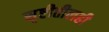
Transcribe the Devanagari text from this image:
सृष्टीतीलही